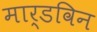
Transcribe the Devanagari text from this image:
मार्डविन